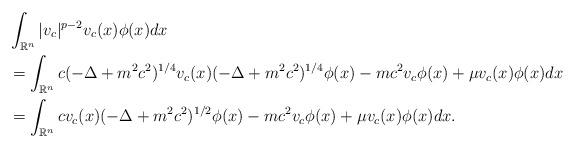
LaTeX: \begin{align*}&\int_{\mathbb{R}^n} |v_c|^{p-2} v_c (x) \phi (x) dx\\&= \int_{\mathbb{R}^n} c (-\Delta + m^2 c^2)^{1/4} v_c (x) (-\Delta + m^2 c^2)^{1/4} \phi (x) - mc^2 v_c \phi (x) + \mu v_c (x) \phi (x) dx\\& = \int_{\mathbb{R}^n} c v_c (x) (-\Delta + m^2 c^2)^{1/2} \phi (x) - mc^2 v_c \phi (x) + \mu v_c (x) \phi (x) dx.\end{align*}